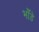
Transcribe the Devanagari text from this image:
भाँडे